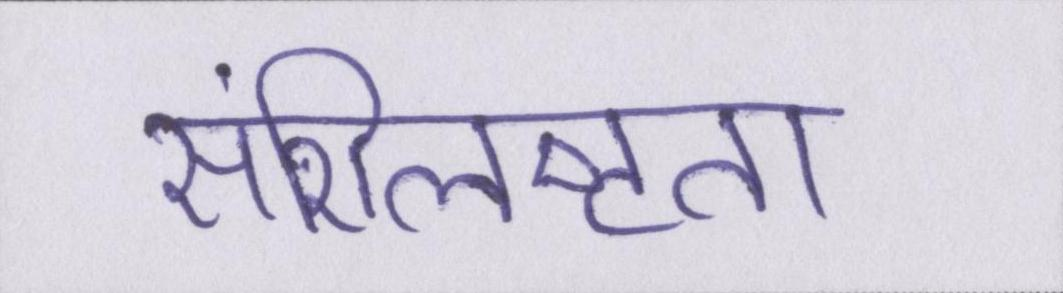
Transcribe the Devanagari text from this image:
संशिलष्टता